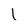
Character: 1